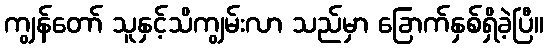
ကျွန်တော် သူနှင့်သိကျွမ်းလာ သည်မှာ ခြောက်နှစ်ရှိခဲ့ပြီ။